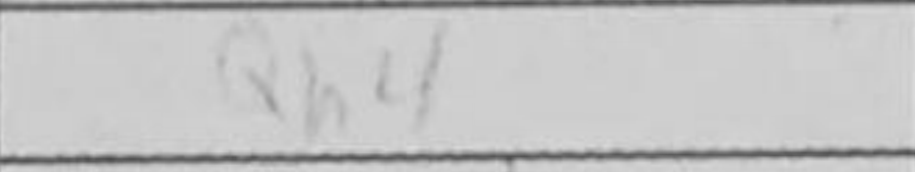
Transcription: Qh4